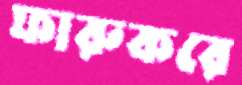
ফারুকরে